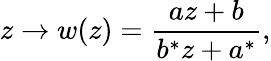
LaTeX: z\to w(z)=\frac{az+b}{b^{*}z+a^{*}},